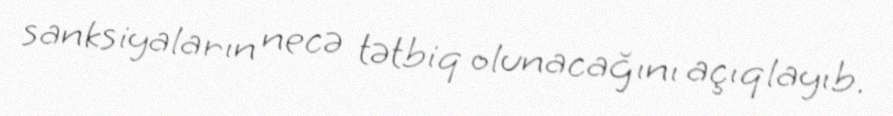
sanksiyaların necə tətbiq olunacağını açıqlayıb.